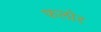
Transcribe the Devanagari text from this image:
फलोर